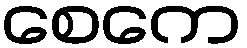
စေကေ